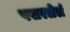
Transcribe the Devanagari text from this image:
पसरलेलं